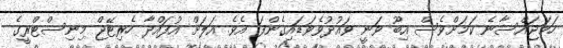
ހަމަޖައްސާނެ ކަަމަށްވެސް އިބޫ ވަނީ ވައުދުވެވަޑައިގެންފަ އެވެ. އަލަށް އުފައްދާ ހެރިޓޭޖް މިނިސްޓްރީގެ